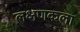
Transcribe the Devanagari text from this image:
लक्षणकला